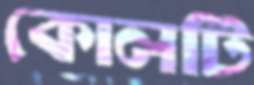
কোলটি